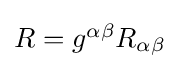
{\textstyle R=g^{\alpha \beta }R_{\alpha \beta }}